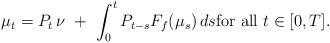
LaTeX: \begin{align*}\mu_t = P_t\,\nu \ +\ \int_0^t P_{t-s}F_f(\mu_s)\, ds\mbox{for all}\ t\in [0,T].\end{align*}